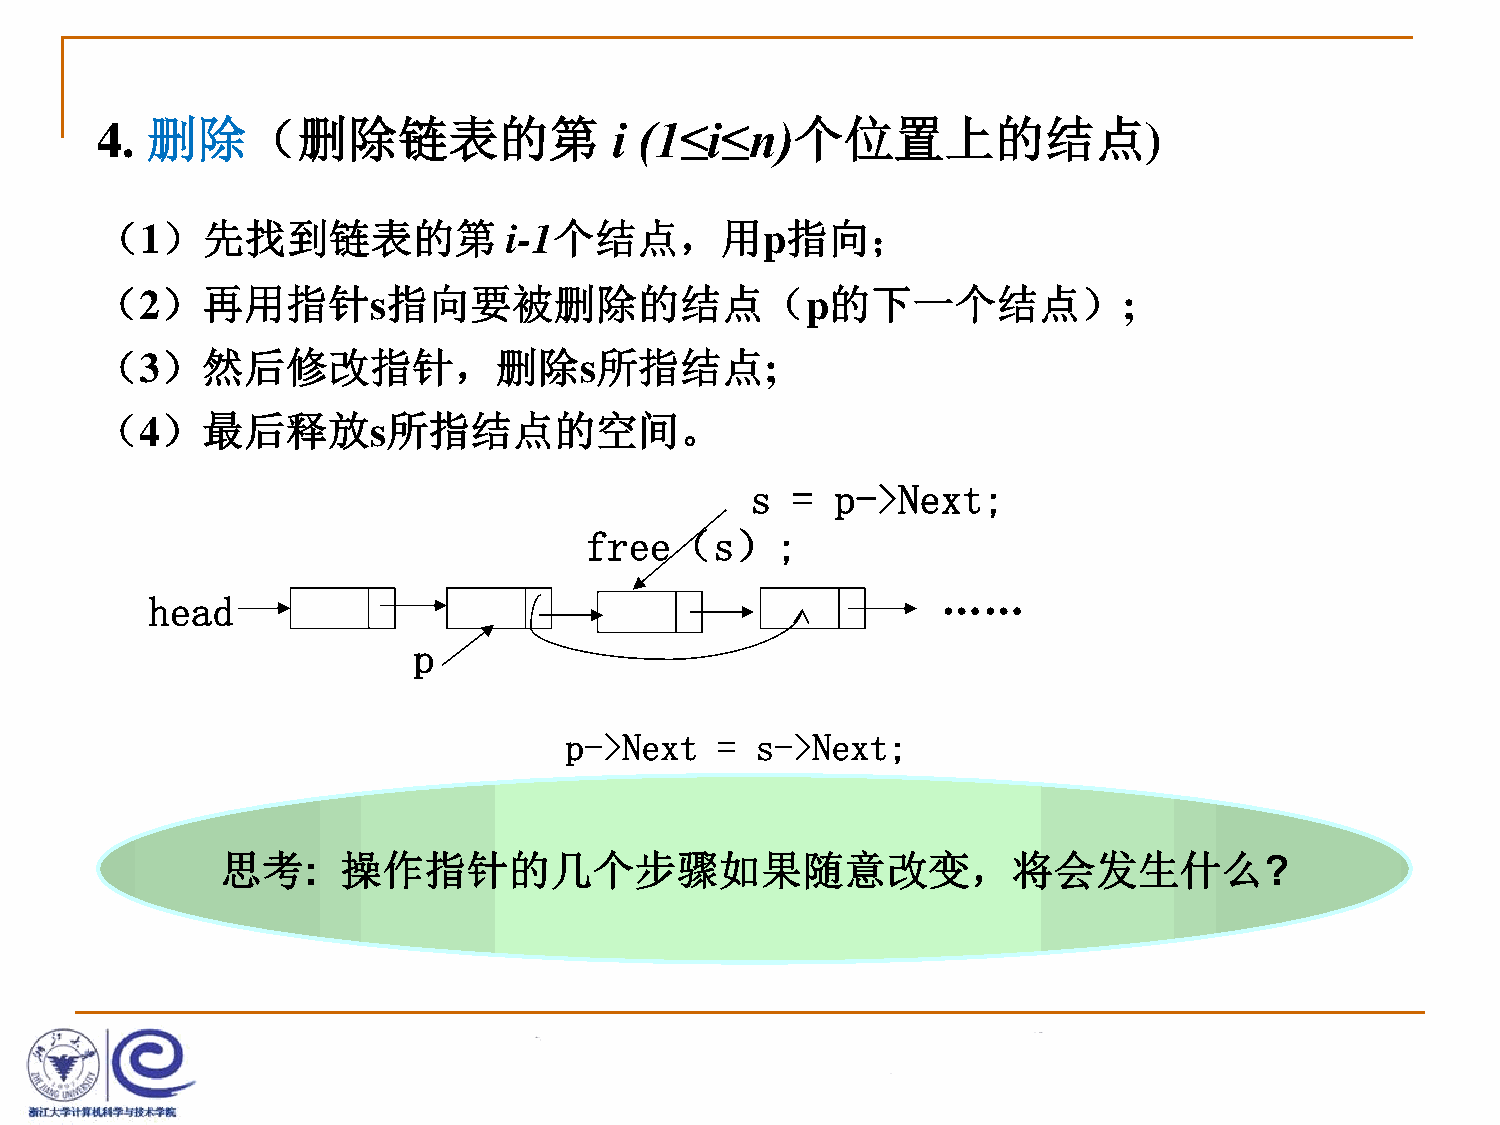
4.  删除（删除链表的第                      i (1≤i≤n)个位置上的结点)
 （1）先找到链表的第                  i-1个结点，用p指向；
 （2）再用指针s指向要被删除的结点（p的下一个结点）;
 （3）然后修改指针，删除s所指结点;
 （4）最后释放s所指结点的空间。
 s =  p->Next;
 free（s）;
 head                                                ……
 p
 p->Next   =  s->Next;
 思考:     操作指针的几个步骤如果随意改变，将会发生什么?